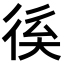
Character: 𢓽